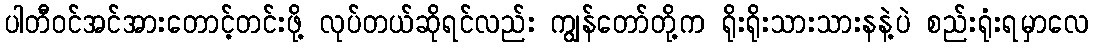
ပါတီဝင်အင်အားတောင့်တင်းဖို့ လုပ်တယ်ဆိုရင်လည်း ကျွန်တော်တို့က ရိုးရိုးသားသားနနဲ့ပဲ စည်းရုံးရမှာလေ